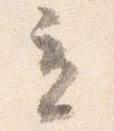
立